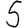
Digit: 5